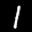
Label: 1